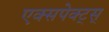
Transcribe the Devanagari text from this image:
एक्सपेक्ट्स्